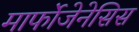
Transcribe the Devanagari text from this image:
मार्फोजेनेसिस